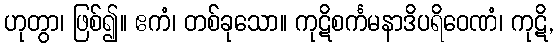
ဟုတွာ၊ ဖြစ်၍။ ဧကံ၊ တစ်ခုသော။ ကုဋိစင်္ကမနာဒိပရိဝေဏံ၊ ကုဋိ,